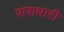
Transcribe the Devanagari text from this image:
पाशधारी